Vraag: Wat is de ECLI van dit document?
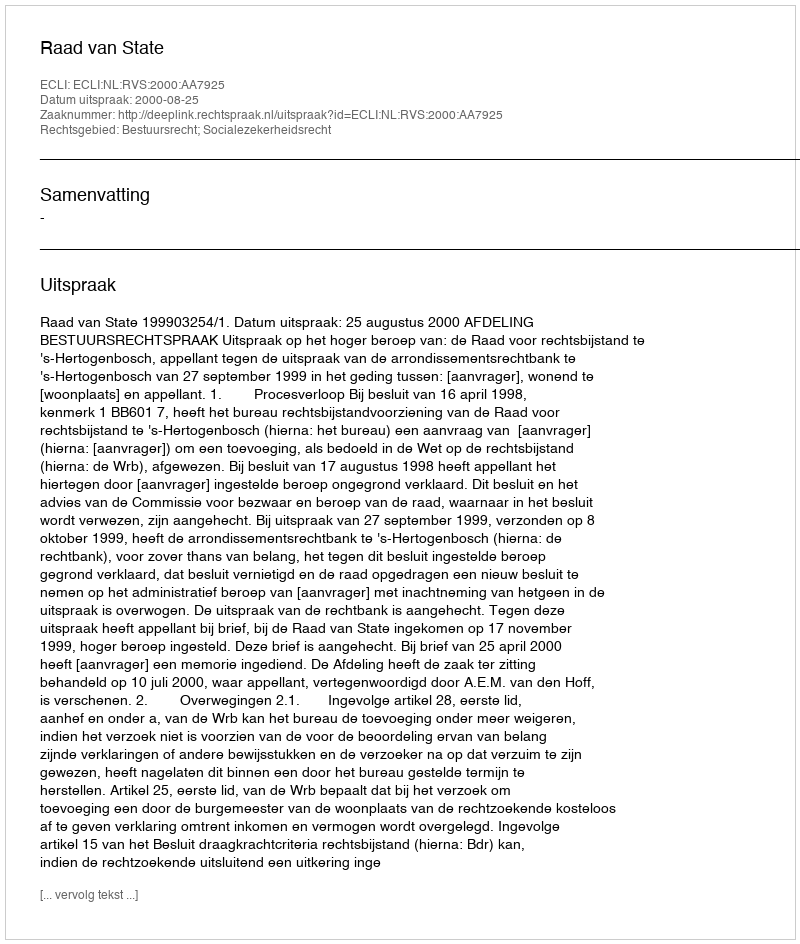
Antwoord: ECLI:NL:RVS:2000:AA7925